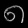
Digit: ၈